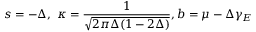
s = - \Delta , \ \kappa = \frac { 1 } { \sqrt { 2 \pi \Delta ( 1 - 2 \Delta ) } } , b = \mu - \Delta \gamma _ { E }